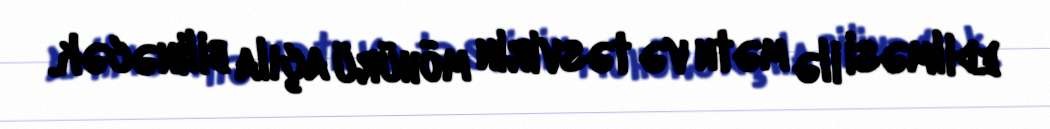
edilməsi ilə mətn və təsvirin möhürü açıla bilinəcək.